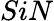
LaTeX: SiN